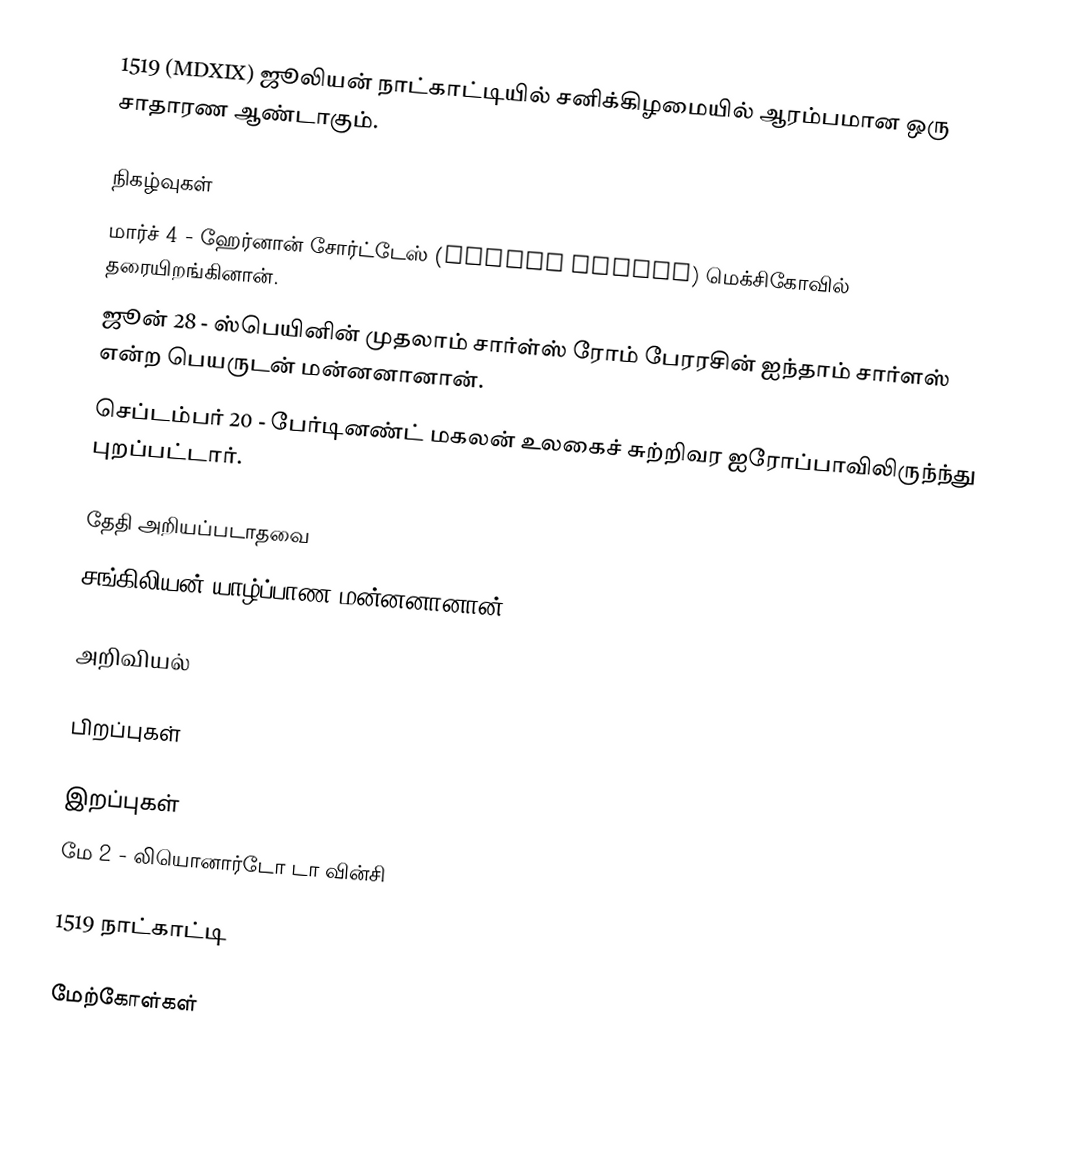
1519 (MDXIX) ஜூலியன் நாட்காட்டியில் சனிக்கிழமையில் ஆரம்பமான ஒரு சாதாரண ஆண்டாகும்.

நிகழ்வுகள்
 மார்ச் 4 - ஹேர்னான் சோர்ட்டேஸ் (Hernán Cortés) மெக்சிகோவில் தரையிறங்கினான்.
 ஜூன் 28 - ஸ்பெயினின் முதலாம் சார்ள்ஸ் ரோம் பேரரசின் ஐந்தாம் சார்ளஸ் என்ற பெயருடன் மன்னனானான்.
 செப்டம்பர் 20 - பேர்டினண்ட் மகலன் உலகைச் சுற்றிவர ஐரோப்பாவிலிருந்ந்து புறப்பட்டார்.

தேதி அறியப்படாதவை
 சங்கிலியன் யாழ்ப்பாண மன்னனானான்.

அறிவியல்

பிறப்புகள்

இறப்புகள்
 மே 2 - லியொனார்டோ டா வின்சி

1519 நாட்காட்டி

மேற்கோள்கள்